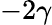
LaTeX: -2\gamma